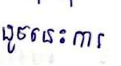
ដូចនេះការ